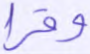
وقرا